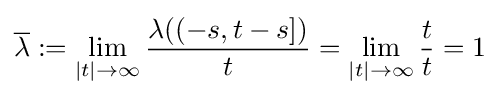
{\overline {\lambda }}:=\lim _{|t|\to \infty }{\frac {\lambda ((-s,t-s])}{t}}=\lim _{|t|\to \infty }{\frac {t}{t}}=1